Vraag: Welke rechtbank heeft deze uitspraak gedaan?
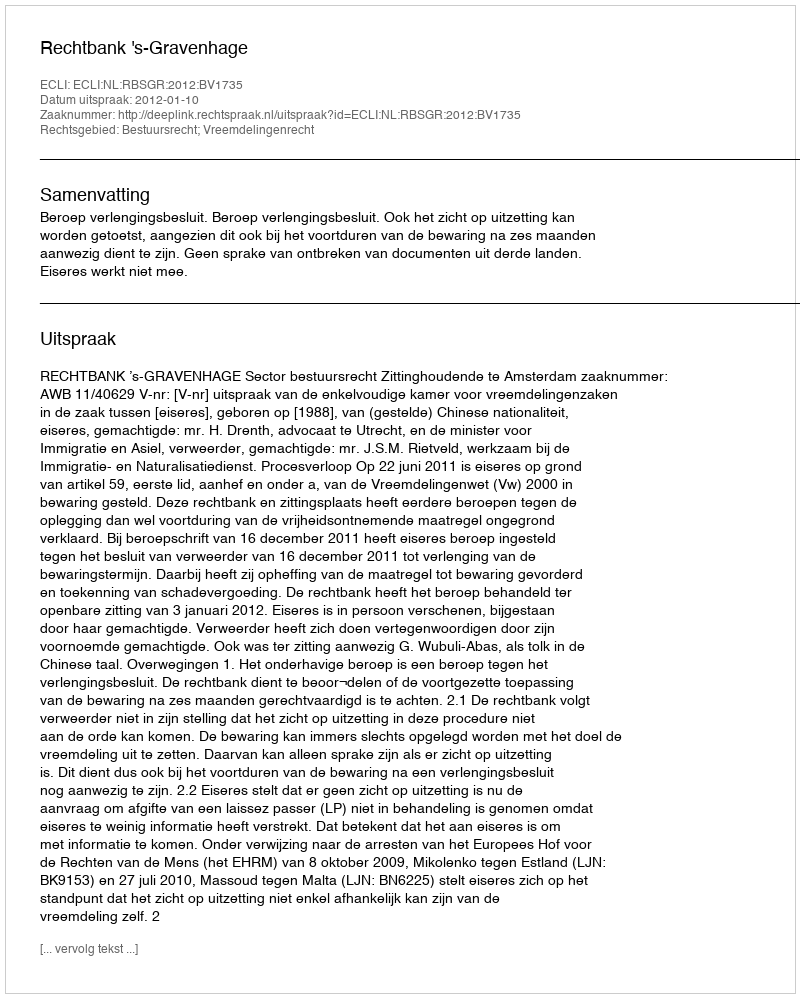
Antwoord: Rechtbank 's-Gravenhage